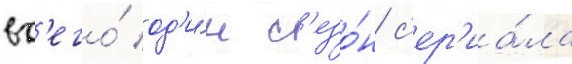
вс'его́ од'и́н с'езо́н с'ер'иа́ла